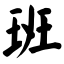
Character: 班